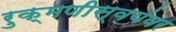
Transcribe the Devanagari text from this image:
रुक्मणीस्वयंवर